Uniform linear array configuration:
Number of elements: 8
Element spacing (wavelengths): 0.25
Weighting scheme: exponential
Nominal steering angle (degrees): -15
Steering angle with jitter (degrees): -16.344
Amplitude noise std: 0.05
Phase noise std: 0.05

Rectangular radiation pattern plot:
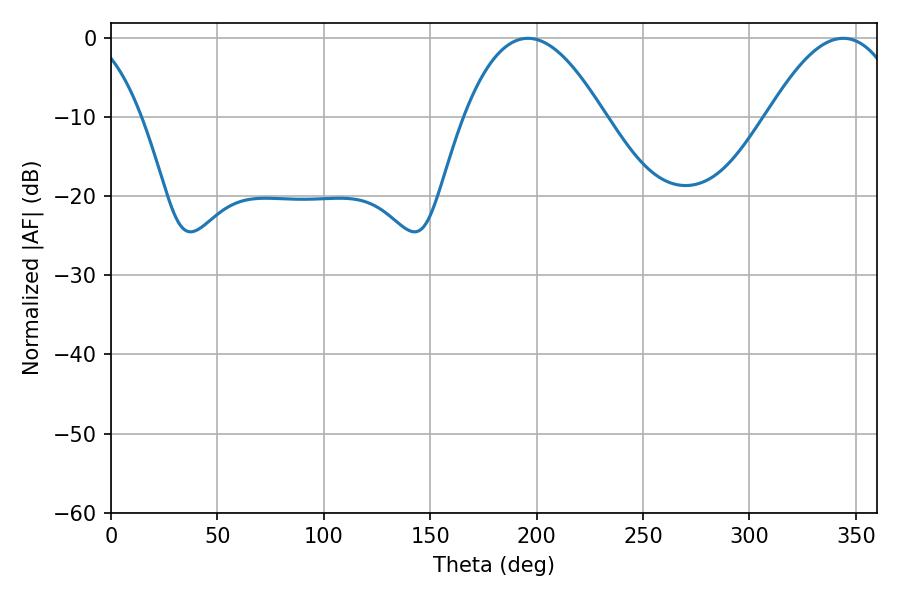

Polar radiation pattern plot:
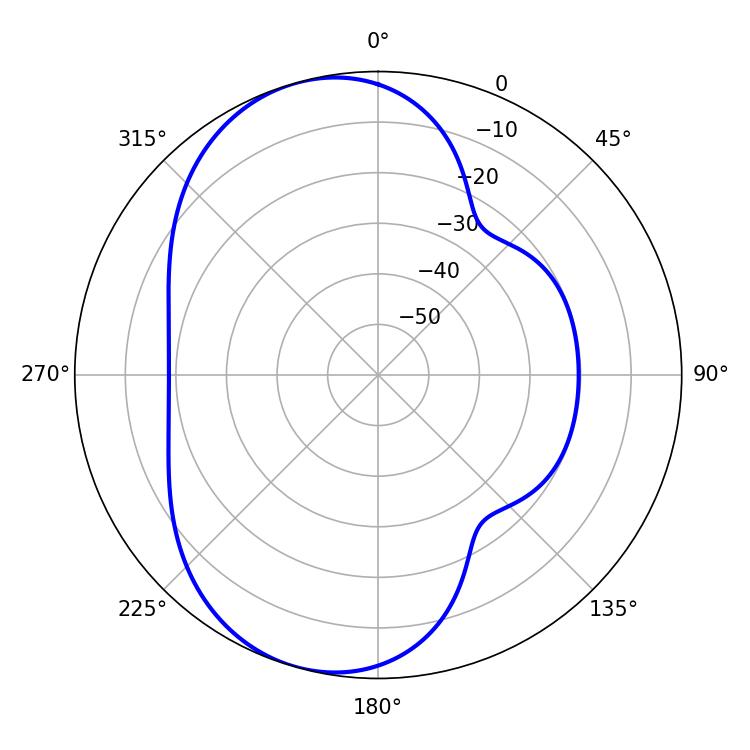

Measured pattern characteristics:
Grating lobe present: FALSE
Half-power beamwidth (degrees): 36.18
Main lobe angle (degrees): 195.84